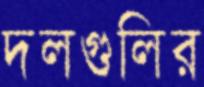
দলগুলির